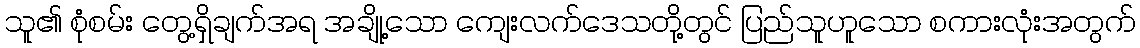
သူ၏ စုံစမ်း တွေ့ရှိချက်အရ အချို့သော ကျေးလက်ဒေသတို့တွင် ပြည်သူဟူသော စကားလုံးအတွက်